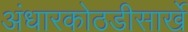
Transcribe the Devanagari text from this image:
अंधारकोठडीसार्खे